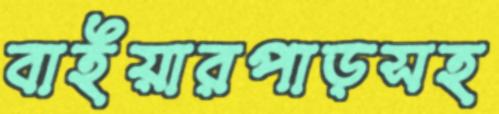
বাইয়ারপাড়সহ